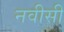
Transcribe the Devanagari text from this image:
नवीसी